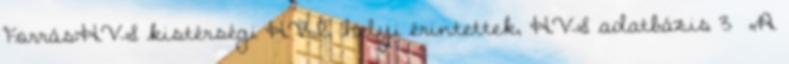
Forrás:HVS kistérségi HVI, helyi érintettek, HVS adatbázis 3 ▪„A